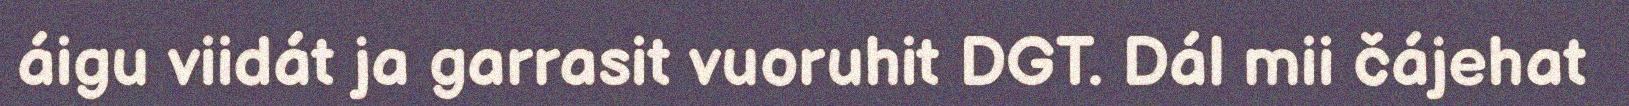
áigu viidát ja garrasit vuoruhit DGT. Dál mii čájehat